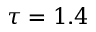
\tau = 1 . 4